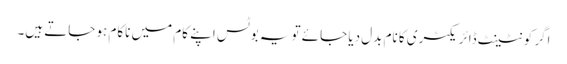
اگر کونٹینٹ ڈائریکٹری کا نام بدل دیا جائے تو یہ بوٹس اپنے کام میں ناکام ہو جاتے ہیں۔